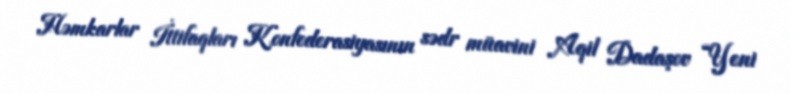
Həmkarlar İttifaqları Konfederasiyasının sədr müavini Aqil Dadaşov “Yeni